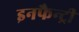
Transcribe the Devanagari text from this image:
इनफैन्ट्री